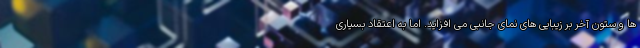
ها و ستون آخر بر زیبایی های نمای جانبی می افزاید. اما به اعتقاد بسیاری